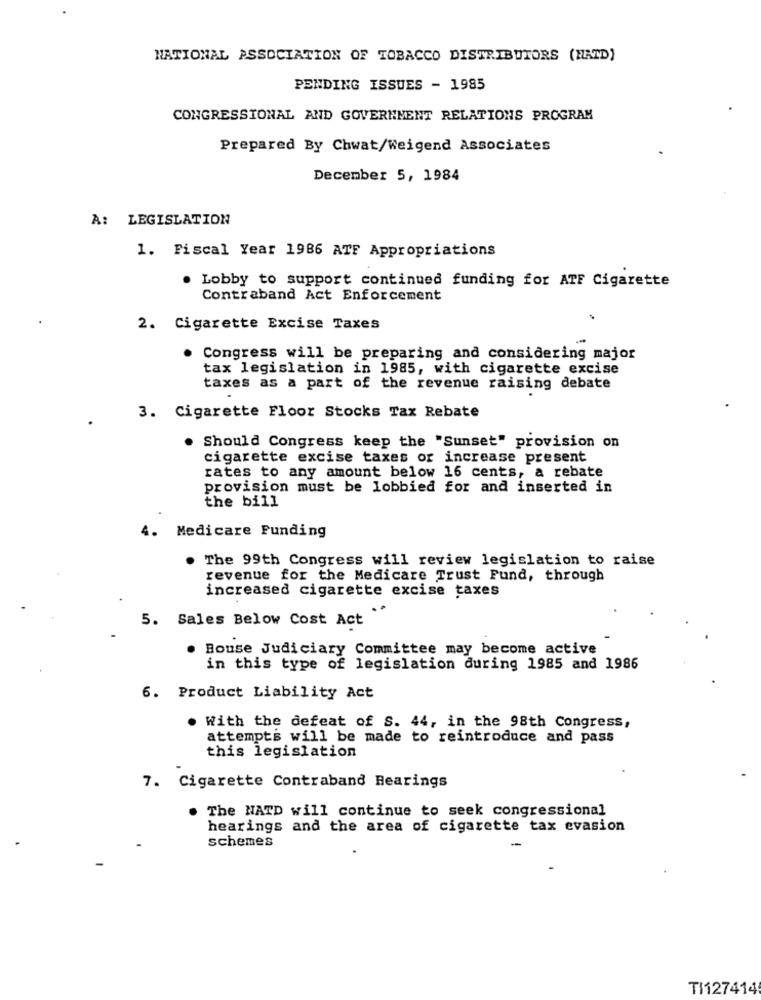
NATIONAL ASSOCIATION OF TOBACCO DISTRIBUTORS (MATD)
PENDING ISSUES - 1985
CONGRESSIONAL AND GOVERNMENT RELATIONS PROGRAM
Prepared By Chwat/Weigend Associates
December 5, 1984
A: LEGISLATION
1. Fiscal Year 1986 ATF Appropriations
Lobby to support continued funding for ATF Cigarette
Contraband Act Enforcement
2. Cigarette Excise Taxes
Congress will be preparing and considering major
tax legislation in 1985, with cigarette excise
taxes as a part of the revenue raising debate
3. Cigarette Floor Stocks Tax Rebate
Should Congress keep the "Sunset" provision on
cigarette excise taxes or increase present
rates to any amount below 16 cents, a rebate
provision must be lobbied for and inserted in
the bill
. Medicare Funding
. The 99th Congress will review legislation to raise
revenue for the Medicare Trust Fund, through
increased cigarette excise taxes
5. Sales Below Cost Act
. Bouse Judiciary Committee may become active
in this type of legislation during 1985 and 1986
6. Product Liability Act
With the defeat of S. 44, in the 98th Congress,
attempts will be made to reintroduce and pass
this legislation
7. Cigarette Contraband Bearings
. The NATD will continue to seek congressional
hearings and the area of cigarette tax evasion
schemes
TI127414